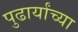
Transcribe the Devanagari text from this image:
पुढार्यांच्या